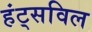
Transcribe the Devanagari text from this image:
हंट्सविल